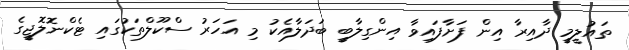
ތައުލީމީ ދާއިރާ އިން ފަށާފައިވާ އިންގިލާބީ ބަދަލާއެކު މި އަހަރު ސްކޫލްތަކުގައި ޓެކްނޮލޮޖީގެ